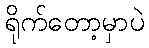
ရိုက်တော့မှာပဲ